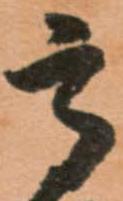
高